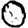
Digit: 0